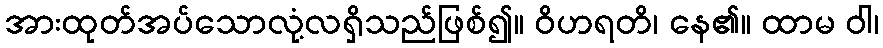
အားထုတ်အပ်သောလုံ့လရှိသည်ဖြစ်၍။ ဝိဟရတိ၊ နေ၏။ ထာမ ဝါ၊